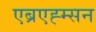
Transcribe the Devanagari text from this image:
एब्रएह्म्सन